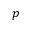
p